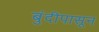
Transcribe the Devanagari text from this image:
बुंदीपासून